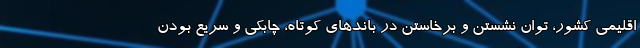
اقلیمی کشور، توان نشستن و برخاستن در باندهای کوتاه، چابکی و سریع بودن